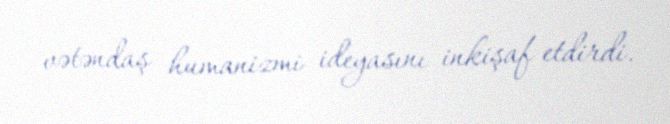
vətəndaş humanizmi ideyasını inkişaf etdirdi.